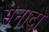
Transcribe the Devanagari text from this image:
सेनादो